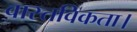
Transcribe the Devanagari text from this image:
वास्तविकता।